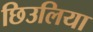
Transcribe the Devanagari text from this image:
छिउलिया